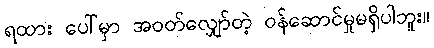
ရထား ပေါ်မှာ အဝတ်လျှော်တဲ့ ဝန်ဆောင်မှုမရှိပါဘူး။